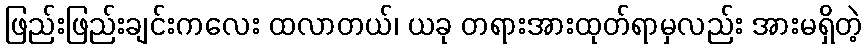
ဖြည်းဖြည်းချင်းကလေး ထလာတယ်၊ ယခု တရားအားထုတ်ရာမှလည်း အားမရှိတဲ့